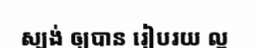
ស្បង់ ឲ្យបាន រៀបរយ ល្អ